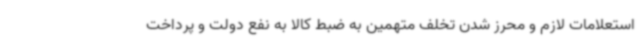
استعلامات لازم و محرز شدن تخلف متهمین به ضبط کالا به نفع دولت و پرداخت